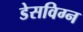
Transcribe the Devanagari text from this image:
डेसविग्न